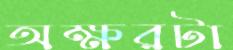
অক্ষরটা